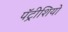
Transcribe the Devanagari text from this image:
पॅट्रीशियो